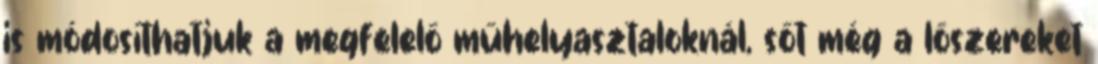
is módosíthatjuk a megfelelő műhelyasztaloknál, sőt még a lőszereket